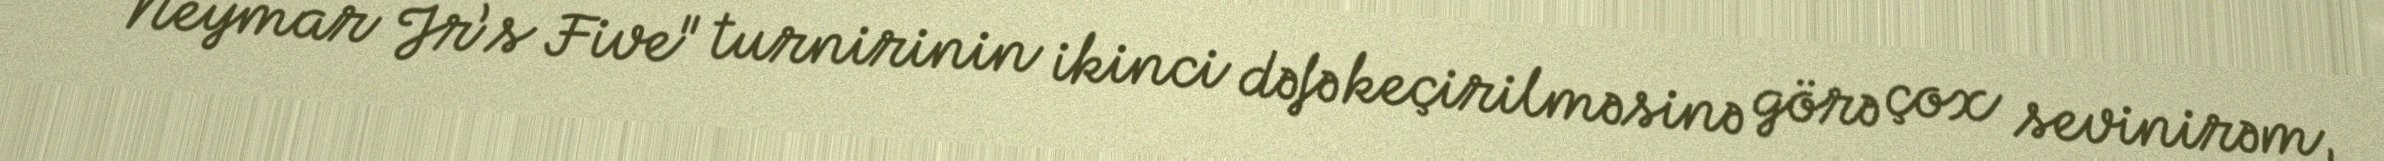
- "Neymar Jr’s Five" turnirinin ikinci dəfə keçirilməsinə görə çox sevinirəm,